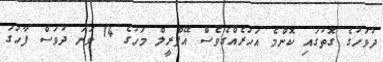
ދުވަހުގެ ގޮތުގައި ކޮންމެ އަހަރެއްގެވެސް އޭޕްރީލް މަހުގެ 14 ވަނަ ދުވަސް ފާހަގަ